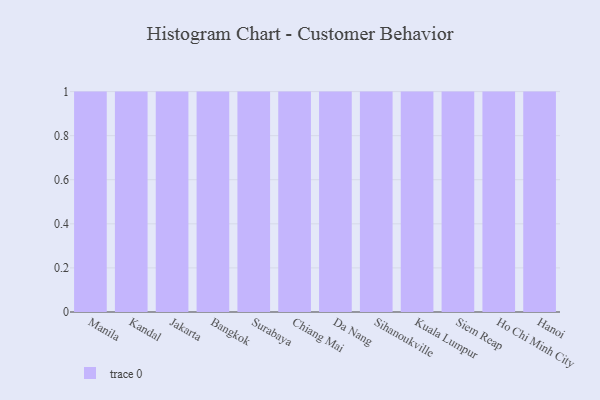
{"axis": {"x": "City", "y": "Net Income (USD K)"}, "legend": [""], "data": [{"x": "Manila", "y": 76, "type": ""}, {"x": "Kandal", "y": 16, "type": ""}, {"x": "Jakarta", "y": 63, "type": ""}, {"x": "Bangkok", "y": 100, "type": ""}, {"x": "Surabaya", "y": 16, "type": ""}, {"x": "Chiang Mai", "y": 86, "type": ""}, {"x": "Da Nang", "y": 43, "type": ""}, {"x": "Sihanoukville", "y": 66, "type": ""}, {"x": "Kuala Lumpur", "y": 31, "type": ""}, {"x": "Siem Reap", "y": 2, "type": ""}, {"x": "Ho Chi Minh City", "y": 22, "type": ""}, {"x": "Hanoi", "y": 33, "type": ""}]}